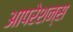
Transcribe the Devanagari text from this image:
आपरेशन्स